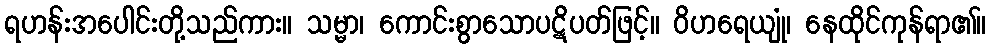
ရဟန်းအပေါင်းတို့သည်ကား။ သမ္မာ၊ ကောင်းစွာသောပဋိပတ်ဖြင့်။ ဝိဟရေယျုံ၊ နေထိုင်ကုန်ရာ၏။